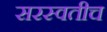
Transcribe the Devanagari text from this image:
सरस्वतीच